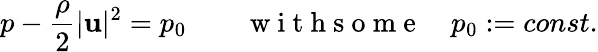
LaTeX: p-\frac\rho 2|\mathbf u|^{2}=p_{0}\qquad\mathrm{~w~i~t~h~s~o~m~e~}\quad p_{0}:=const.